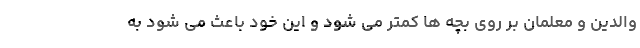
والدین و معلمان بر روی بچه ها کمتر می شود و این خود باعث می شود به